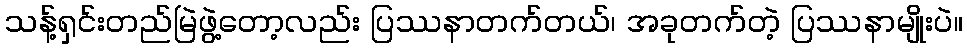
သန့်ရှင်းတည်မြဲဖွဲ့တော့လည်း ပြဿနာတက်တယ်၊ အခုတက်တဲ့ ပြဿနာမျိုးပဲ။